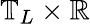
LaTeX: \mathbb{T}_{L}\times\mathbb{R}